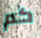
كم